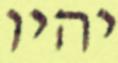
יהיו